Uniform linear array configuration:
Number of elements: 48
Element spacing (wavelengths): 0.5
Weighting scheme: hann
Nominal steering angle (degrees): -30
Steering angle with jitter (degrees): -31.313
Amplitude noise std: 0.05
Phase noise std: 0.05

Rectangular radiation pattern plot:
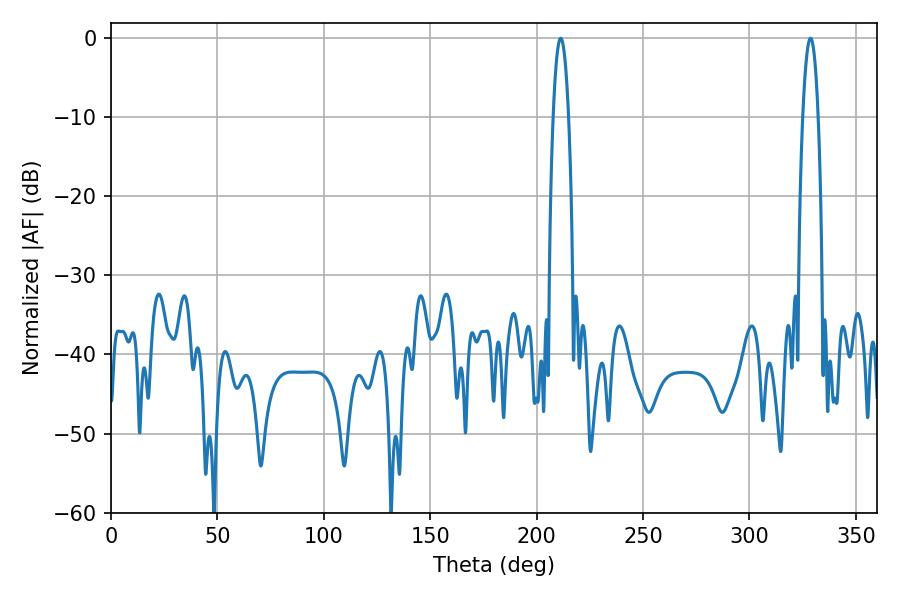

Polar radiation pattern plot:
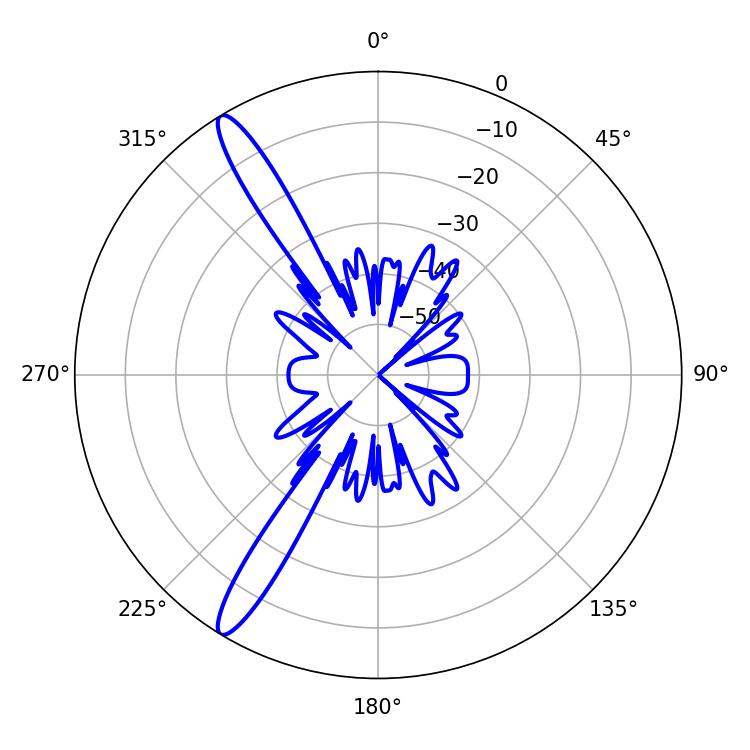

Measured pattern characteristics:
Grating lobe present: FALSE
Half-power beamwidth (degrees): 3.96
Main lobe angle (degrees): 211.32